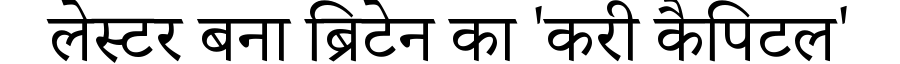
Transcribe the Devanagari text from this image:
लेस्टर बना ब्रिटेन का 'करी कैपिटल'